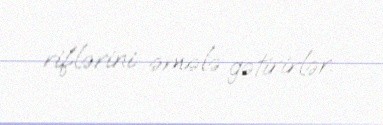
riflərini əmələ gətirirlər.